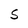
Character: S